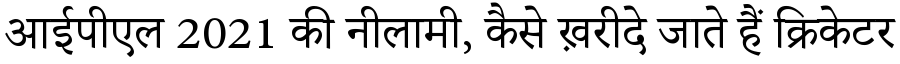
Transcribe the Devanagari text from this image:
आईपीएल 2021 की नीलामी, कैसे ख़रीदे जाते हैं क्रिकेटर